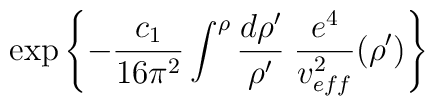
\exp{ \left\{ - \frac{ c_{1} }{16 \pi^{2} }    \int^{\rho }  \frac{d \rho '}{\rho '} \;   \frac{e^{4}}{v^{2}_{eff}} (\rho ') \right\} }